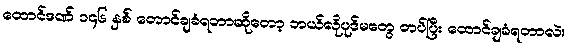
ထောင်ဒဏ် ၁၄၆ နှစ် တောင်ချခံရတာဆိုတော့ ဘယ်လိုပုဒ်မတွေ တပ်ပြီး ထောင်ချခံရတာလဲ။